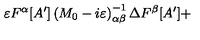
\varepsilon F ^ { \alpha } [ A ^ { \prime } ] \left( M _ { 0 } - i \varepsilon \right) _ { \alpha \beta } ^ { - 1 } \Delta F ^ { \beta } [ A ^ { \prime } ] +